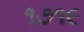
૧૭૧૯